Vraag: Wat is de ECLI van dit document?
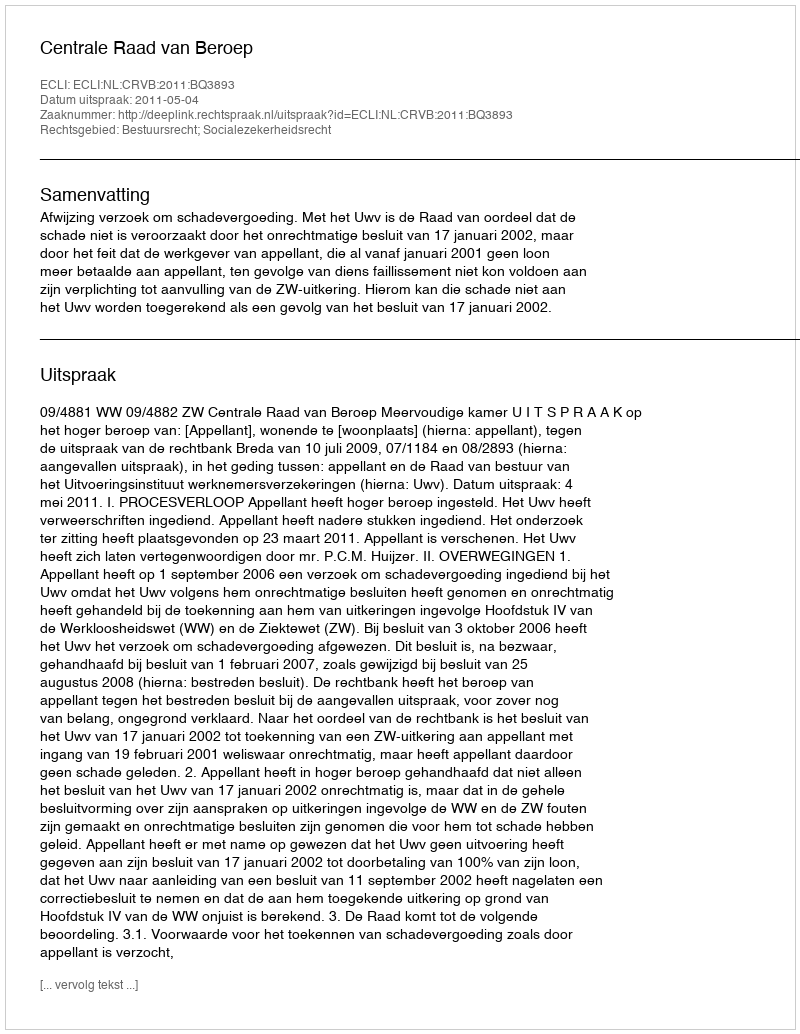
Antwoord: ECLI:NL:CRVB:2011:BQ3893